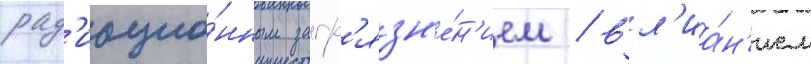
рад'иацио́нным загр'язн'е́н'ием / вл'иа́н'ием